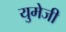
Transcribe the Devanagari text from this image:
युमेजी